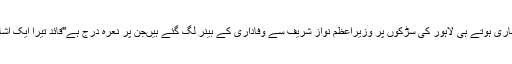
سپریم کورٹ کی کازلسٹ جاری ہوتے ہی لاہور کی سڑکوں پر وزیراعظم نواز شریف سے وفاداری کے بینر لگ گئے ہیںجن پر نعرہ درج ہے''قائد تیرا ایک اشارہ،حاضر حاضر لہو ہمارا"۔